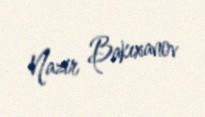
Nazir Bakıxanov